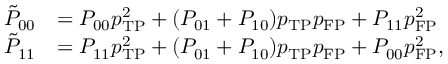
\begin{array} { r l } { \tilde { P } _ { \mathrm { 0 0 } } } & { = P _ { 0 0 } p _ { \mathrm { T P } } ^ { 2 } + ( P _ { 0 1 } + P _ { 1 0 } ) p _ { \mathrm { T P } } p _ { \mathrm { F P } } + P _ { 1 1 } p _ { \mathrm { F P } } ^ { 2 } } \\ { \tilde { P } _ { \mathrm { 1 1 } } } & { = P _ { 1 1 } p _ { \mathrm { T P } } ^ { 2 } + ( P _ { 0 1 } + P _ { 1 0 } ) p _ { \mathrm { T P } } p _ { \mathrm { F P } } + P _ { 0 0 } p _ { \mathrm { F P } } ^ { 2 } , } \end{array}